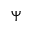
\Psi